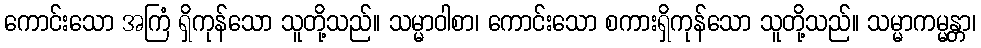
ကောင်းသော အကြံ ရှိကုန်သော သူတို့သည်။ သမ္မာဝါစာ၊ ကောင်းသော စကားရှိကုန်သော သူတို့သည်။ သမ္မာကမ္မန္တာ၊